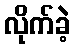
လိုက်ခဲ့